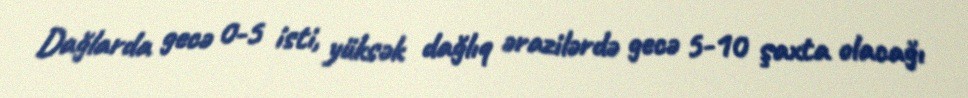
Dağlarda gecə 0-5 isti, yüksək dağlıq ərazilərdə gecə 5-10 şaxta olacağı